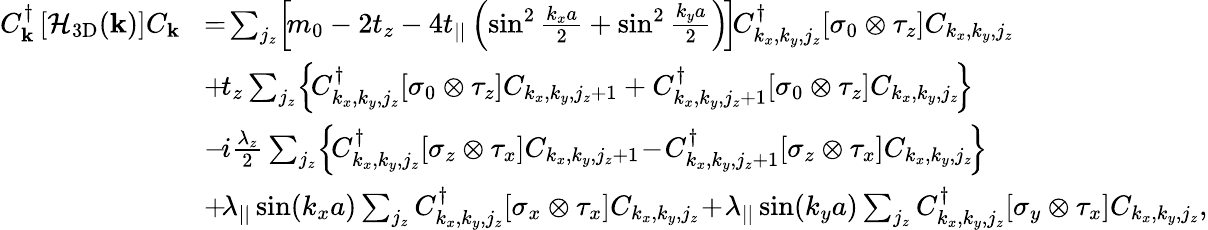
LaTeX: \begin{array}{rl}{C_{{\mathbf k}}^{\dagger}\left[{\cal H}_{\mathrm{3D}}({\mathbf k})\right]C_{{\mathbf k}}}&{\! =\! \sum_{j_{z}}\! \left[\! m_{0}-2t_{z}-4t_{||}\left(\sin^{2}\frac{k_{x}a}{2}+\sin^{2}\frac{k_{y}a}{2}\right)\! \right]\! C_{k_{x},k_{y},j_{z}}^{\dagger}[\sigma_{0}\otimes\tau_{z}]C_{k_{x},k_{y},j_{z}}}\\ &{\! +\! t_{z}\sum_{j_{z}}\! \left\{ \! C_{k_{x},k_{y},j_{z}}^{\dagger}[\sigma_{0}\otimes\tau_{z}]C_{k_{x},k_{y},j_{z}+1}+C_{k_{x},k_{y},j_{z}+1}^{\dagger}[\sigma_{0}\otimes\tau_{z}]C_{k_{x},k_{y},j_{z}}\! \right\} \! }\\ &{\! -\! i\frac{\lambda_{z}}{2}\sum_{j_{z}}\! \left\{ \! C_{k_{x},k_{y},j_{z}}^{\dagger}[\sigma_{z}\otimes\tau_{x}]C_{k_{x},k_{y},j_{z}+1}\! -\! C_{k_{x},k_{y},j_{z}+1}^{\dagger}[\sigma_{z}\otimes\tau_{x}]C_{k_{x},k_{y},j_{z}}\! \right\} \! }\\ &{\! +\! \lambda_{||}\sin(k_{x}a)\sum_{j_{z}}C_{k_{x},k_{y},j_{z}}^{\dagger}[\sigma_{x}\otimes\tau_{x}]C_{k_{x},k_{y},j_{z}}\! +\! \lambda_{||}\sin(k_{y}a)\sum_{j_{z}}C_{k_{x},k_{y},j_{z}}^{\dagger}[\sigma_{y}\otimes\tau_{x}]C_{k_{x},k_{y},j_{z}},}\end{array}